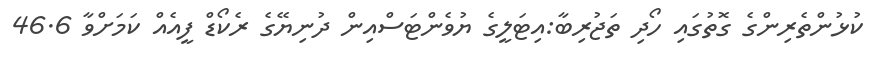
ކުޅުންތެރިންގެ ގޮތުގައި ހޯދި ތަޖުރިބާ:އިޓަލީގެ ޔުވެންޓަސްއިން ދުނިޔޭގެ ރެކޯޑް ފީއެއް ކަމަށްވާ 46.6